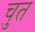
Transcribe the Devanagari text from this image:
चुत